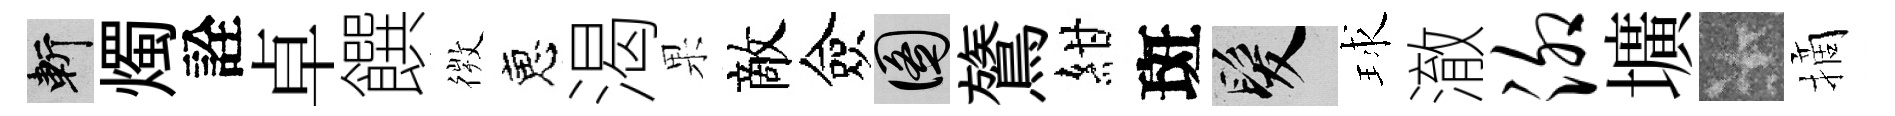
斬燭詮卓饌𢕄恵渴果敵僉圖鷟紺斑髮球澈泖壙卡摘